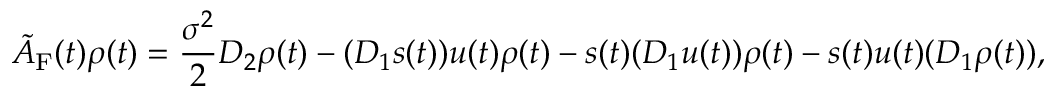
\tilde { A } _ { \mathrm { F } } ( t ) \boldsymbol \rho ( t ) = \frac { \sigma ^ { 2 } } { 2 } D _ { 2 } \boldsymbol \rho ( t ) - ( D _ { 1 } \boldsymbol s ( t ) ) \boldsymbol u ( t ) \boldsymbol \rho ( t ) - \boldsymbol s ( t ) ( D _ { 1 } \boldsymbol u ( t ) ) \boldsymbol \rho ( t ) - \boldsymbol s ( t ) \boldsymbol u ( t ) ( D _ { 1 } \boldsymbol \rho ( t ) ) ,